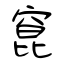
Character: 窤